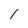
Character: 1